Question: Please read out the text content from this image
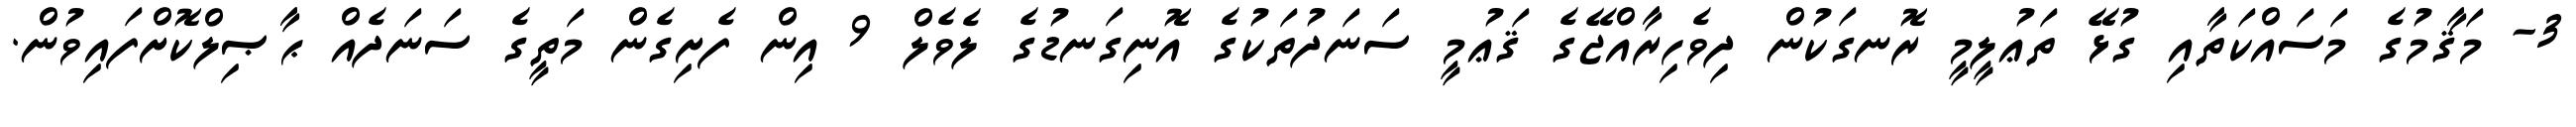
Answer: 3- މަޤާމުގެ މަސައްކަތާއި ގުޅޭ ތަޢުލީމީ ރޮނގަކުން ދިވެހިރާއްޖޭގެ ޤަޢުމީ ސަނަދުތަކުގެ އޮނިގަނޑުގެ ލެވެލް 9 އިން ފެށިގެން މަތީގެ ސަނަދެއް ޙާޞިލްކޮށްފައިވުން.